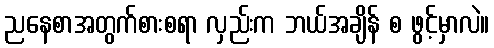
ညနေစာအတွက်စားစရာ လှည်းက ဘယ်အချိန် စ ဖွင့်မှာလဲ။